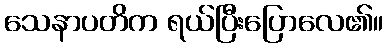
သေနာပတိက ရယ်ပြီးပြောလေ၏။